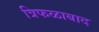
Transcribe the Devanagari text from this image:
त्रिफळाबाद